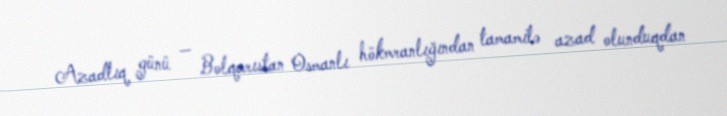
Azadlıq günü — Bolqarıstan Osmanlı hökmranlığından tamamilə azad olunduqdan